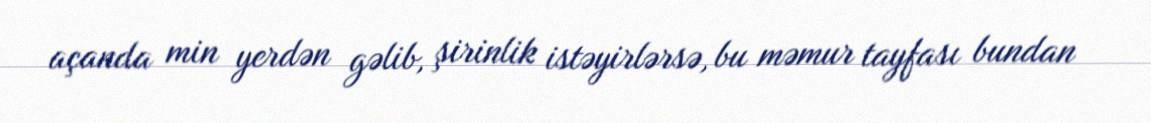
açanda min yerdən gəlib, şirinlik istəyirlərsə, bu məmur tayfası bundan